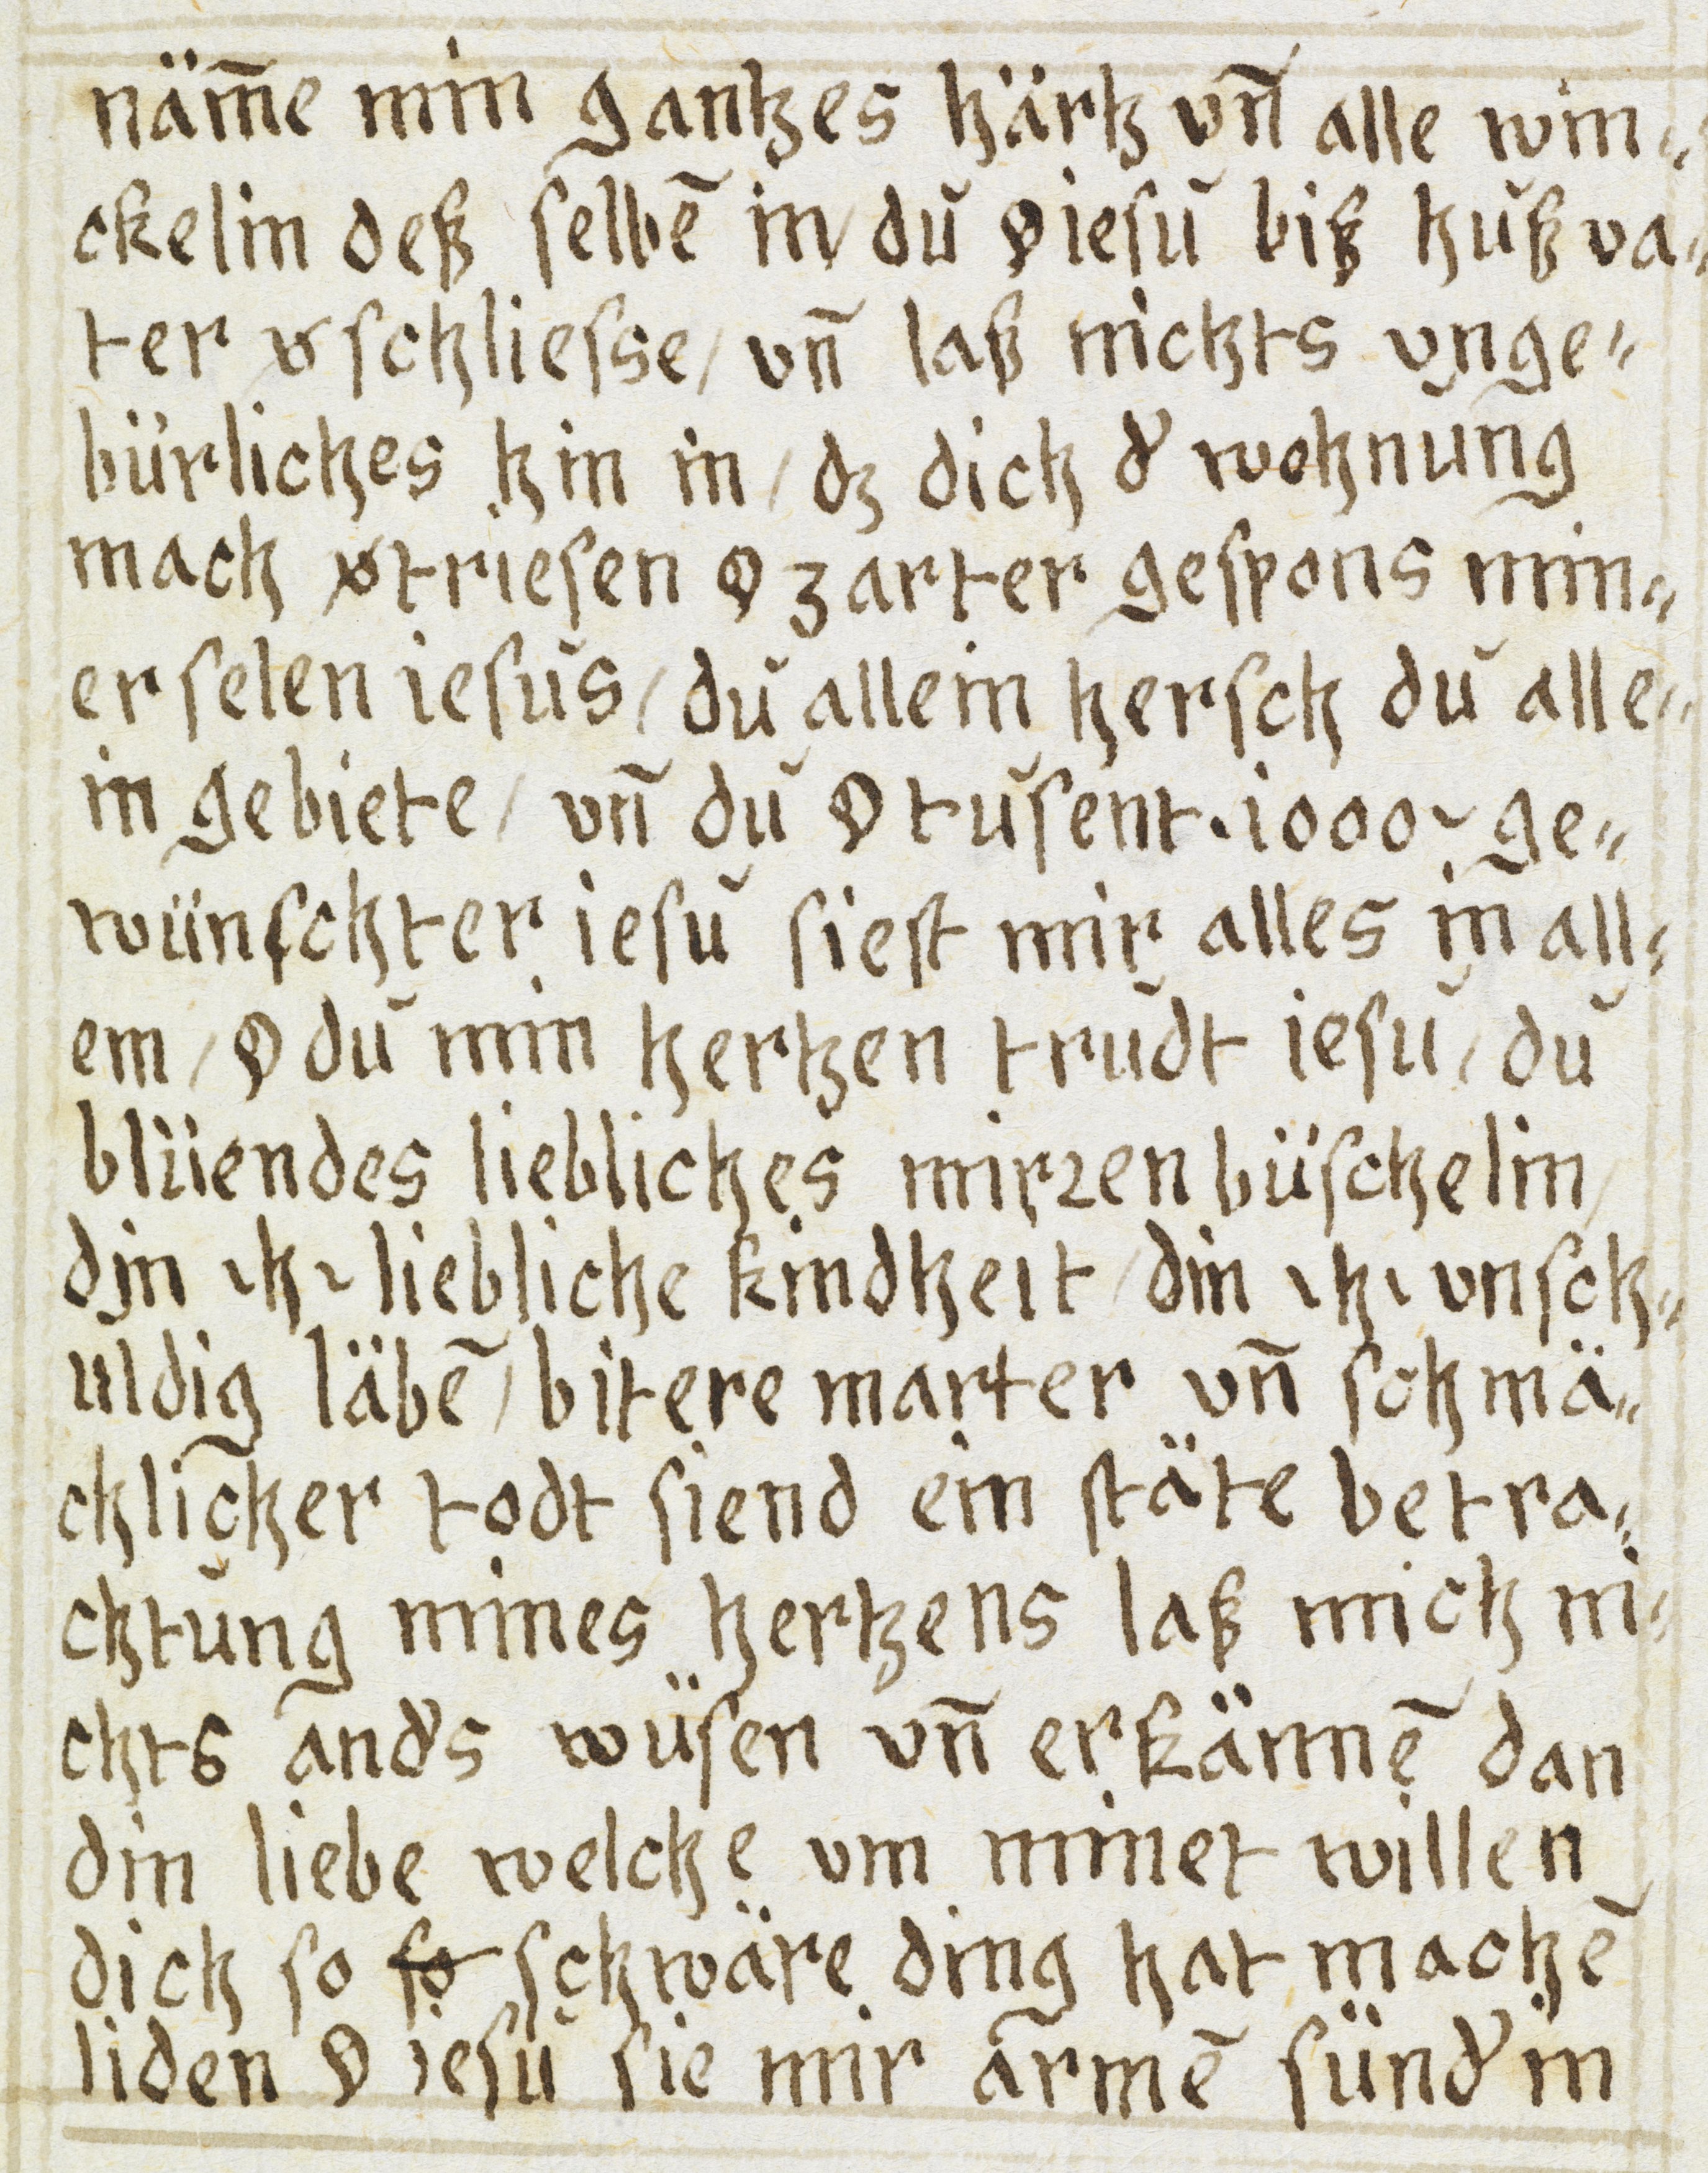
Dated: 1605–1635